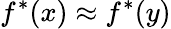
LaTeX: f^{*}(x)\approx f^{*}(y)